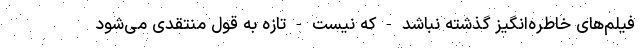
فیلم‌های خاطره‌انگیز گذشته نباشد - که نیست - تازه به قول منتقدی می‌شود